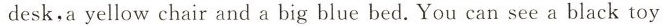
desk,a yellow chair and a big blue bed. You can see a black toy